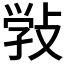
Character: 𢽾